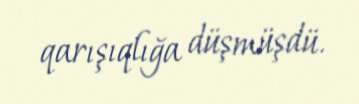
qarışıqlığa düşmüşdü.